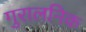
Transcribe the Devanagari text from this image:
गुरालनिक